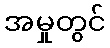
အမှုတွင်